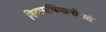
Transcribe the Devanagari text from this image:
नित्यमभिमानोन्नतं